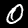
Digit: 0